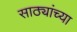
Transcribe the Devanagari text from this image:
साठ्यांच्या